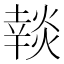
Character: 𰟚